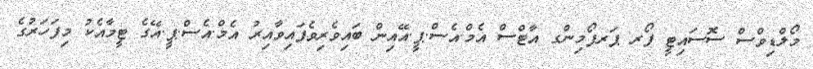
މޯލްޑިވްސް ސޮސައިޓީ ފޯރ ޕަރފޯމިންގ އާޓްސް އެމް.އެސް.ޕީ.އޭއިން ބައިވެރިވެފައިވާއިރު އެމް.އެސް.ޕީ.އޭގެ ޓީމާއެކު މިފަހަރުގެ